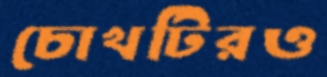
চোখটিরও